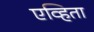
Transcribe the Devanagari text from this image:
एव्हिता